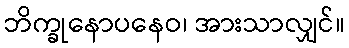
ဘိက္ခုနောပနေဝ၊ အားသာလျှင်။